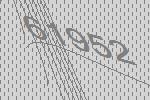
61952